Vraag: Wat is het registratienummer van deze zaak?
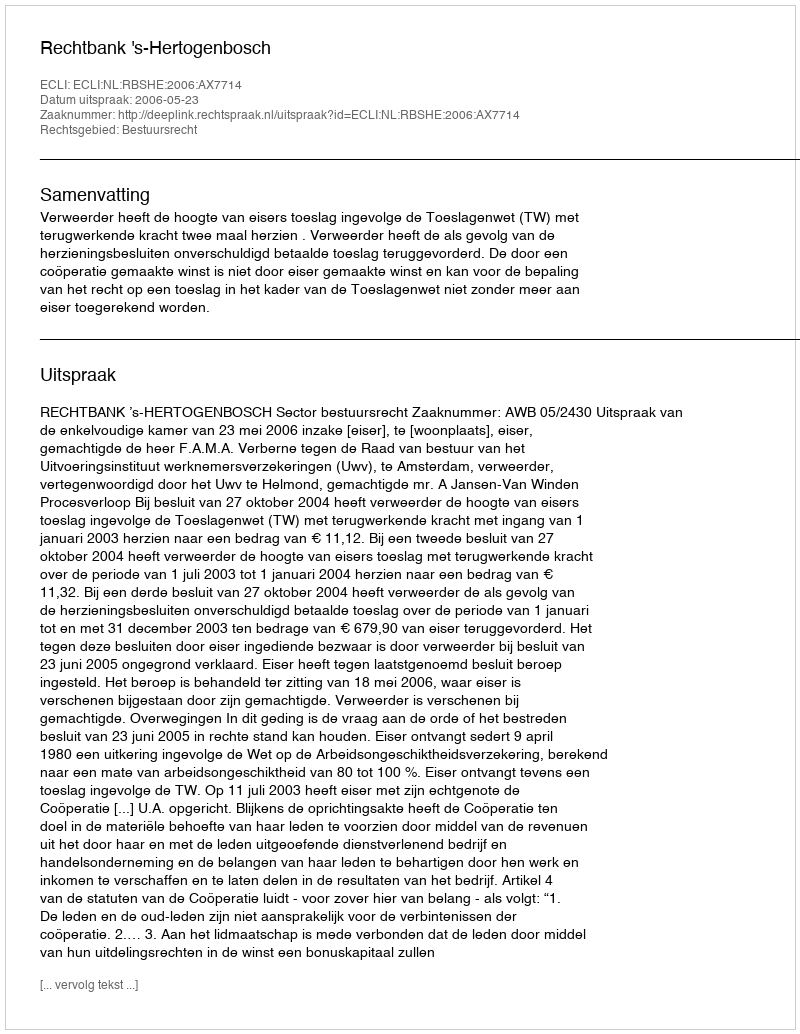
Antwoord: http://deeplink.rechtspraak.nl/uitspraak?id=ECLI:NL:RBSHE:2006:AX7714